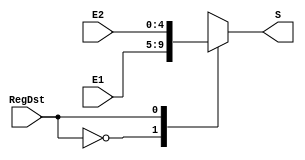
`timescale 1ns/1ns
module Mux5bit(
    input [4:0]E1,
    input [4:0]E2,
    input RegDst,
    output reg[4:0]S
);

always @* begin
    case (RegDst)
        0:
        begin
            S = E1;
        end
        1:
        begin
            S = E2;
        end
    endcase
end

endmodule